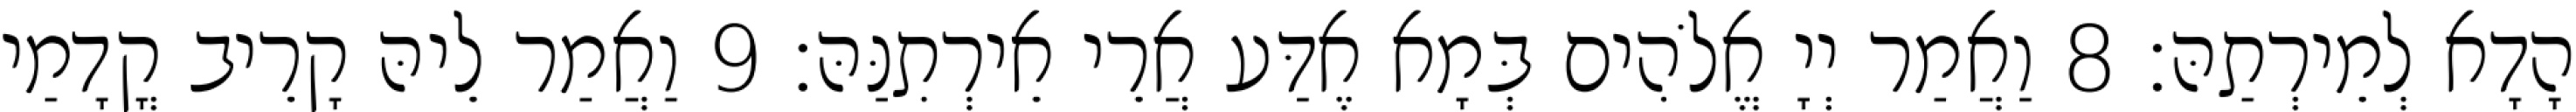
הָדָא לְמֵירְתַהּ׃ 8 וַאֲמַר יְיָ אֱלֹהִים בְּמָא אֶדַּע אֲרֵי אֵירְתִנַּהּ׃ 9 וַאֲמַר לֵיהּ קָרֵיב קֳדָמַי